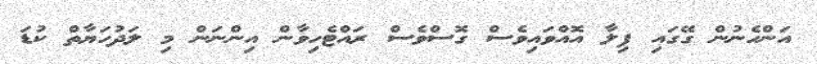
އަންހެނުން ގޭގައި ފިލާ އޮއްވައިވެސް ގޮސްވެސް ރައްޓެހިވާން އިންނަން މި ލަދުހަޔާތް ކުޑަ